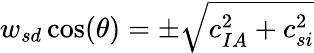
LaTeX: {w_{sd}}\cos(\theta)=\pm\sqrt{c_{IA}^{2}+c_{si}^{2}}